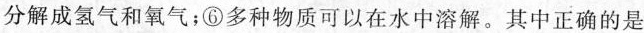
分解成氢气和氧气；⑥多种物质可以在水中溶解。其中正确的是